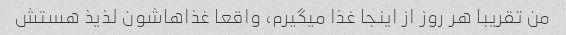
من تقریبا هر روز از اینجا غذا میگیرم، واقعا غذاهاشون لذیذ هستش